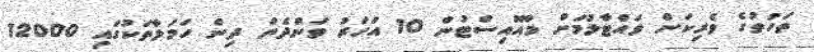
ތަހުތުގެ ވެރިކަން ވައްޓާލުމަށް މާއޮއިސްޓުން 10 އަހަރު ވަންދެން ދިން ހަމަލާތަކުގައި 12000